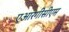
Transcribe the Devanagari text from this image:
एआरगीसीएम